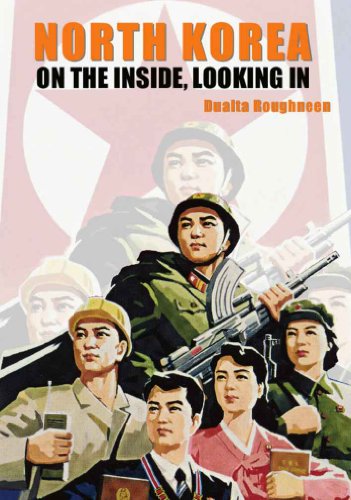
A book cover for North Korea: On the Inside, Looking In; Dualta Roughneen; Travel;